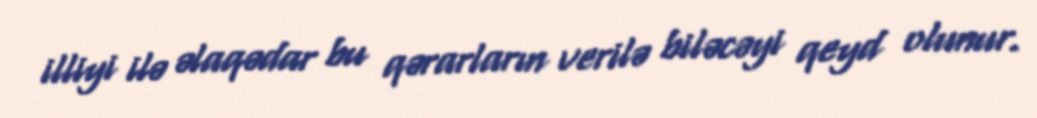
illiyi ilə əlaqədar bu qərarların verilə biləcəyi qeyd olunur.